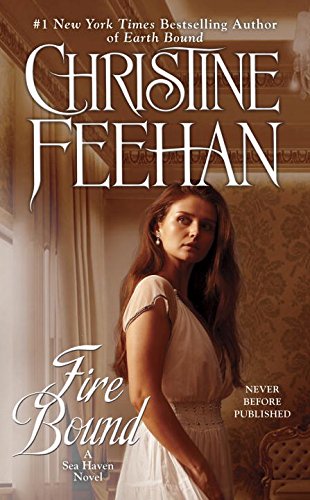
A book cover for Fire Bound: A Sea Heaven Novel (A Sea Haven Novel); Christine Feehan; Science Fiction & Fantasy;